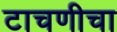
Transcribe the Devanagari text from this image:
टाचणीचा